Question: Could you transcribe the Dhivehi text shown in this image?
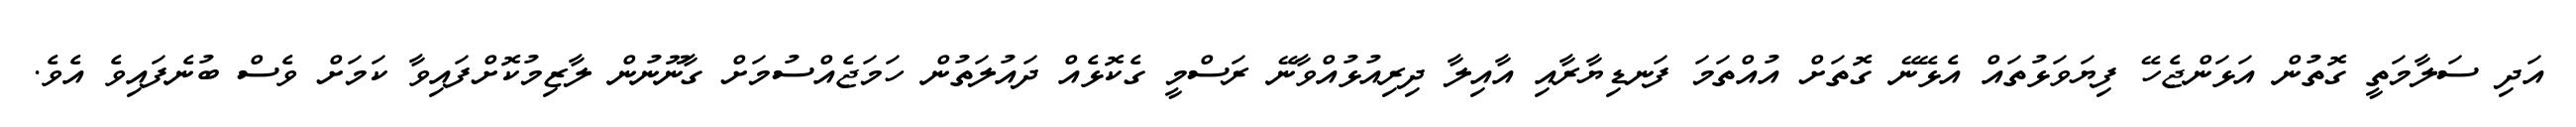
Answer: އަދި ސަލާމަތީ ގޮތުން އަޅަންޖެހޭ ފިޔަވަޅުތައް އެޅޭނޭ ގޮތަށް އުއްތަމަ ފަނޑިޔާރާއި އާއިލާ ދިރިއުޅުއްވާނޭ ރަސްމީ ގެކޮޅެއް ދައުލަތުން ހަމަޖެއްސުމަށް ގާނޫނުން ލާޒިމުކޮށްފައިވާ ކަމަށް ވެސް ބުނެފައިވެ އެވެ.